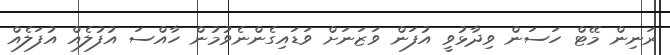
ރަނިން މޭޓް ހަސަން ވިދާޅުވީ އުފަން ވަޒަނަށް ވަޑައިގެންނެވުމުން ހާއްސަ އުފުލެއް އުފަލެއް